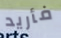
فأريد